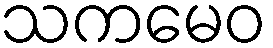
သကမေဝ